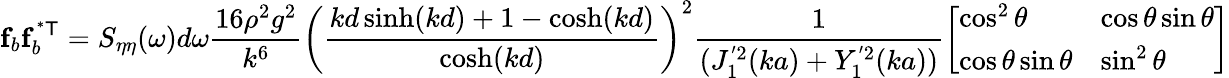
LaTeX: \mathbf{f}_{b}\mathbf{f}_{b}^{\mathsf{^{*}T}}=S_{\eta\eta}(\omega)d\omega\frac{16\rho^{2}g^{2}}{k^{6}}\left(\frac{kd\sinh(kd)+1-\cosh(kd)}{\cosh(kd)}\right)^{2}\frac{1}{(J_{1}^{'2}(ka)+Y_{1}^{'2}(ka))}\left[\begin{array}{ll}{\cos^{2}\theta}&{\cos\theta\sin\theta}\\ {\cos\theta\sin\theta}&{\sin^{2}\theta}\end{array}\right]